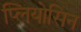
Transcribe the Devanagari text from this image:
प्लियोसिन